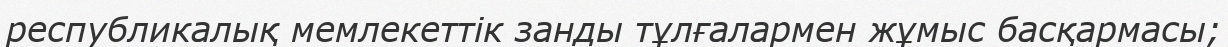
республикалық мемлекеттік занды тұлғалармен жұмыс басқармасы;